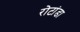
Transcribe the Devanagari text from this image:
रोटांडा